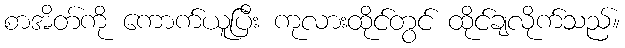
စာအိတ်ကို ကောက်ယူပြီး ကုလားထိုင်တွင် ထိုင်ချလိုက်သည်။